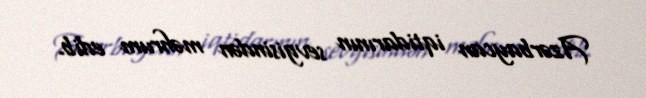
Azərbaycan iqtidarının sevgisindən məhrum edib.